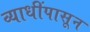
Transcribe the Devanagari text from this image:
व्याधींपासून